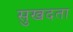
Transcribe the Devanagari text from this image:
सुखदता